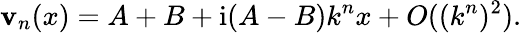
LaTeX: \mathbf{v}_{n}(x)=A+B+\mathrm{{i}}(A-B)k^{n}x+O((k^{n})^{2}).